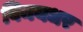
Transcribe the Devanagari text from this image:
विनयधर